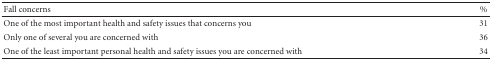
<table><thead><tr><td><b>Fall concerns</b></td><td><b>%</b></td></tr></thead><tbody><tr><td>One of the most important health and safety issues that concerns you</td><td>31</td></tr><tr><td>Only one of several you are concerned with</td><td>36</td></tr><tr><td>One of the least important personal health and safety issues you are concerned with</td><td>34</td></tr></tbody></table>